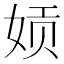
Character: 𫝪